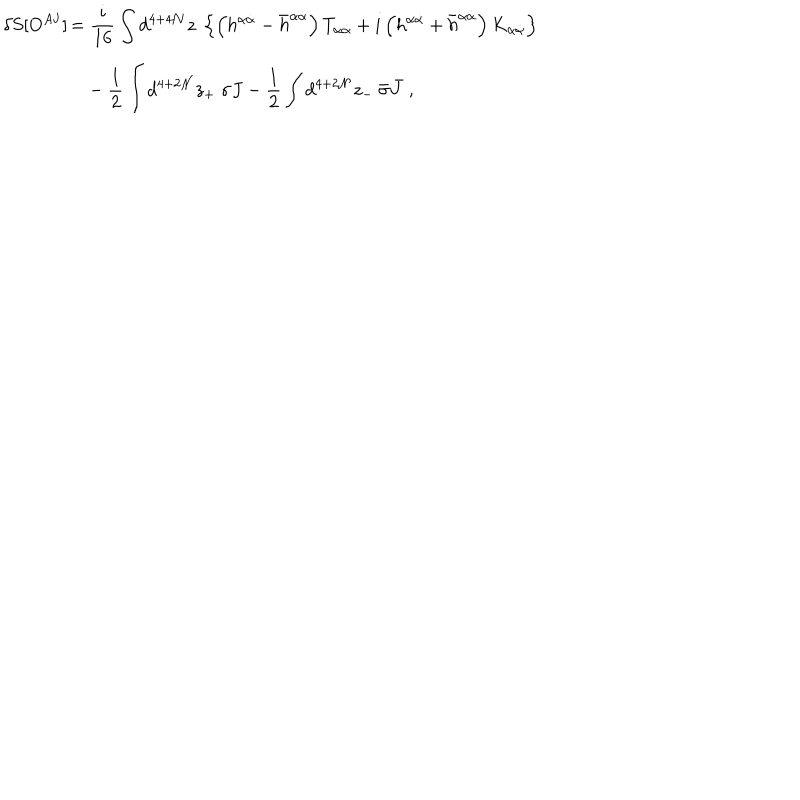
LaTeX: \delta S [ O ^ { A { \mathbf J } } ] \begin{array} { } { { t ] { l } \displaystyle = \frac { i } { 1 6 } \int d ^ { 4 + 4 { \mathcal N } } z \ \left\{ \left( h ^ { \alpha { \dot { \alpha } } } - { \bar { h } } ^ { \alpha { \dot { \alpha } } } \right) T _ { \alpha { \dot { \alpha } } } + i \left( h ^ { \alpha { \dot { \alpha } } } + { \bar { h } } ^ { \alpha { \dot { \alpha } } } \right) K _ { \alpha { \dot { \alpha } } } \right\} } } \\ { { \displaystyle \phantom { = } - \frac { 1 } { 2 } \int d ^ { 4 + 2 { \mathcal N } } z _ { + } \ \sigma J - \frac { 1 } { 2 } \int d ^ { 4 + 2 { \mathcal N } } z _ { - } \ { \bar { \sigma } } { \bar { J } } \ , } } \\ \end{array}